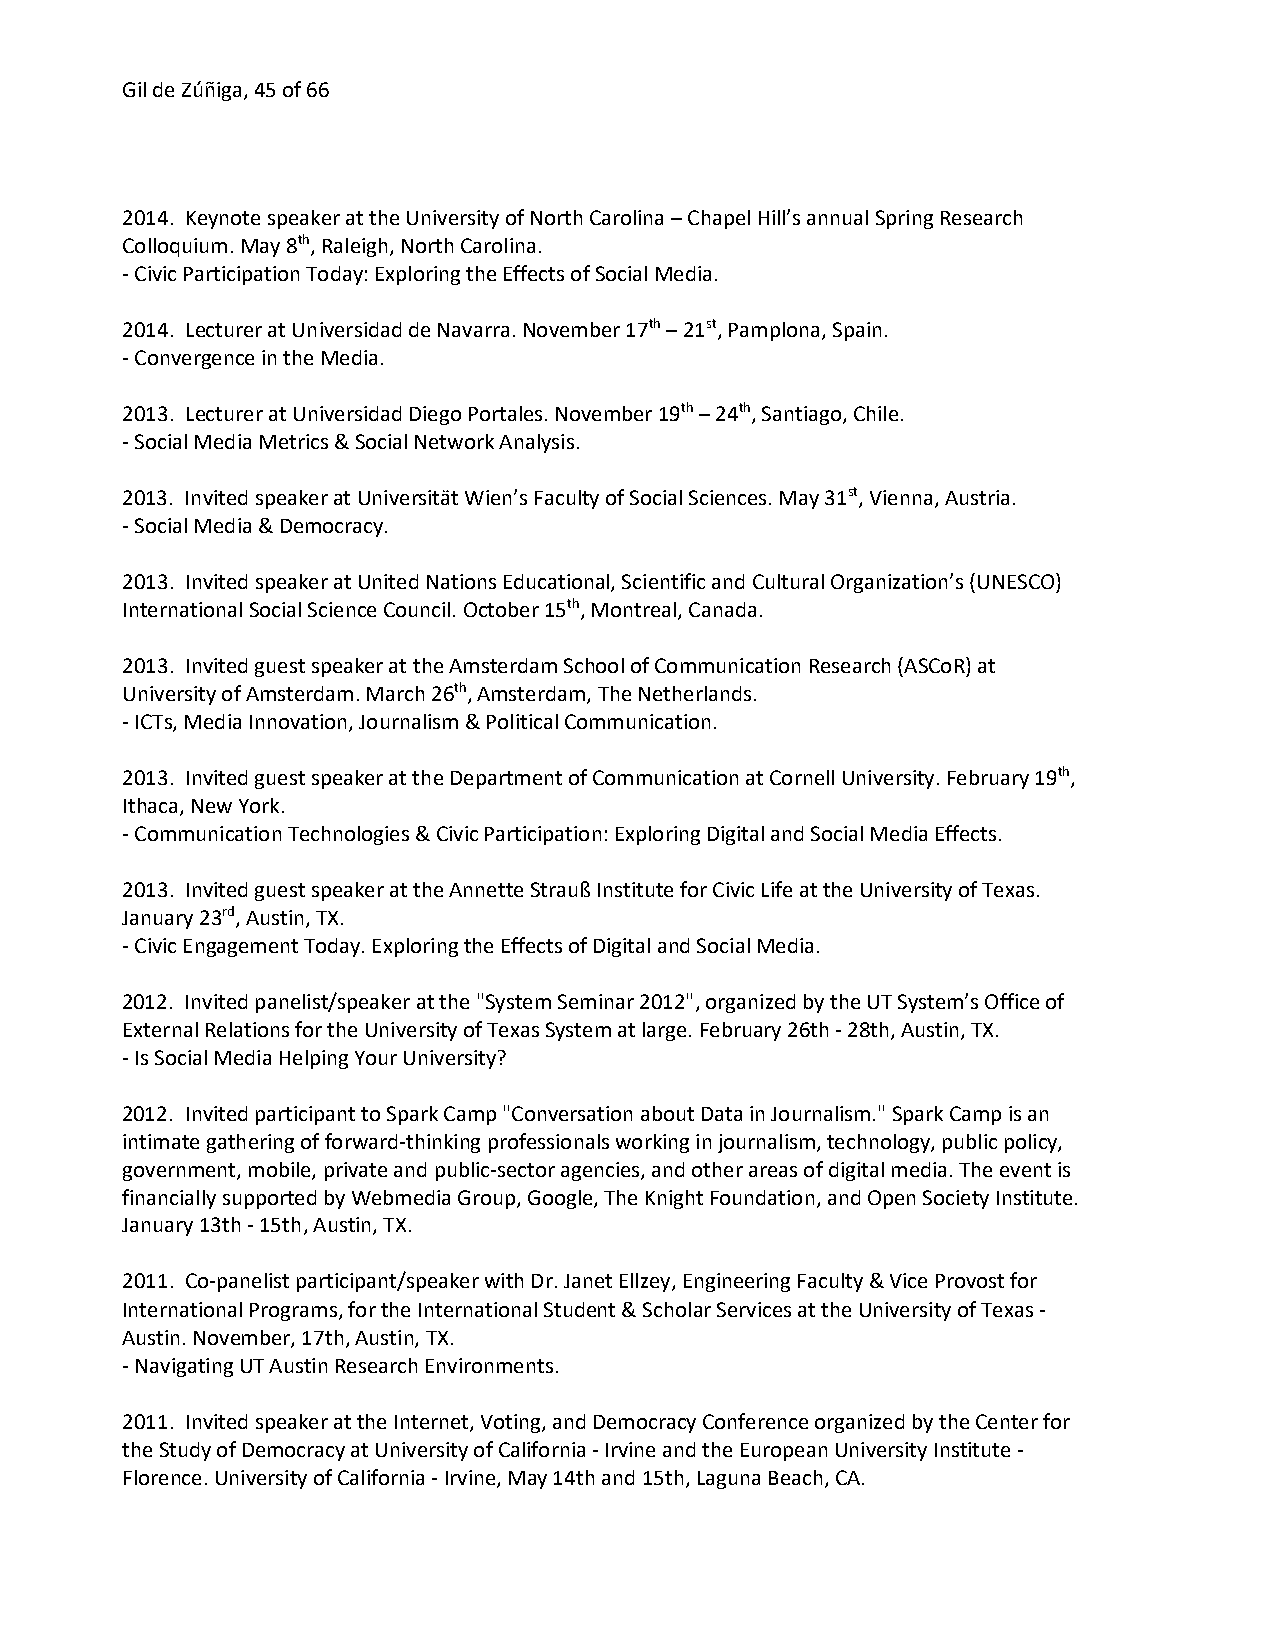
Gil de Zúñiga, 45 of 66
 2014. Keynote speaker at the University of North Carolina – Chapel Hill’s annual Spring Research
 Colloquium. May 8th, Raleigh, North Carolina.
 - Civic Participation Today: Exploring the Effects of Social Media.
 2014. Lecturer at Universidad de Navarra. November 17th – 21st, Pamplona, Spain.
 - Convergence in the Media.
 2013. Lecturer at Universidad Diego Portales. November 19th – 24th, Santiago, Chile.
 - Social Media Metrics & Social Network Analysis.
 2013. Invited speaker at Universität Wien’s Faculty of Social Sciences. May 31st, Vienna, Austria.
 - Social Media & Democracy.
 2013. Invited speaker at United Nations Educational, Scientific and Cultural Organization’s (UNESCO)
 International Social Science Council. October 15th, Montreal, Canada.
 2013. Invited guest speaker at the Amsterdam School of Communication Research (ASCoR) at
 University of Amsterdam. March 26th, Amsterdam, The Netherlands.
 - ICTs, Media Innovation, Journalism & Political Communication.
 2013. Invited guest speaker at the Department of Communication at Cornell University. February 19th,
 Ithaca, New York.
 - Communication Technologies & Civic Participation: Exploring Digital and Social Media Effects.
 2013. Invited guest speaker at the Annette Strauß Institute for Civic Life at the University of Texas.
 January 23rd, Austin, TX.
 - Civic Engagement Today. Exploring the Effects of Digital and Social Media.
 2012. Invited panelist/speaker at the "System Seminar 2012", organized by the UT System’s Office of
 External Relations for the University of Texas System at large. February 26th - 28th, Austin, TX.
 - Is Social Media Helping Your University?
 2012. Invited participant to Spark Camp "Conversation about Data in Journalism." Spark Camp is an
 intimate gathering of forward-thinking professionals working in journalism, technology, public policy,
 government, mobile, private and public-sector agencies, and other areas of digital media. The event is
 financially supported by Webmedia Group, Google, The Knight Foundation, and Open Society Institute.
 January 13th - 15th, Austin, TX.
 2011. Co-panelist participant/speaker with Dr. Janet Ellzey, Engineering Faculty & Vice Provost for
 International Programs, for the International Student & Scholar Services at the University of Texas -
 Austin. November, 17th, Austin, TX.
 - Navigating UT Austin Research Environments.
 2011. Invited speaker at the Internet, Voting, and Democracy Conference organized by the Center for
 the Study of Democracy at University of California - Irvine and the European University Institute -
 Florence. University of California - Irvine, May 14th and 15th, Laguna Beach, CA.